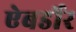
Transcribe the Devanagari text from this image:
ऐबर्डोर